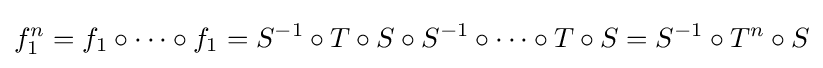
f_{1}^{n}=f_{1}\circ \cdots \circ f_{1}=S^{-1}\circ T\circ S\circ S^{-1}\circ \cdots \circ T\circ S=S^{-1}\circ T^{n}\circ S